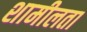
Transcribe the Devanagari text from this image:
शामीलता